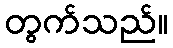
တွက်သည်။